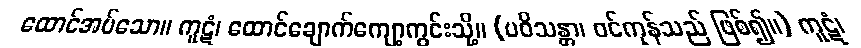
ထောင်အပ်သော။ ကူဋံ၊ ထောင်ချောက်ကျော့ကွင်းသို့။ (ပဝိသန္တာ၊ ဝင်ကုန်သည် ဖြစ်၍။) ကူဋံ၊